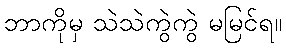
ဘာကိုမှ သဲသဲကွဲကွဲ မမြင်ရ။